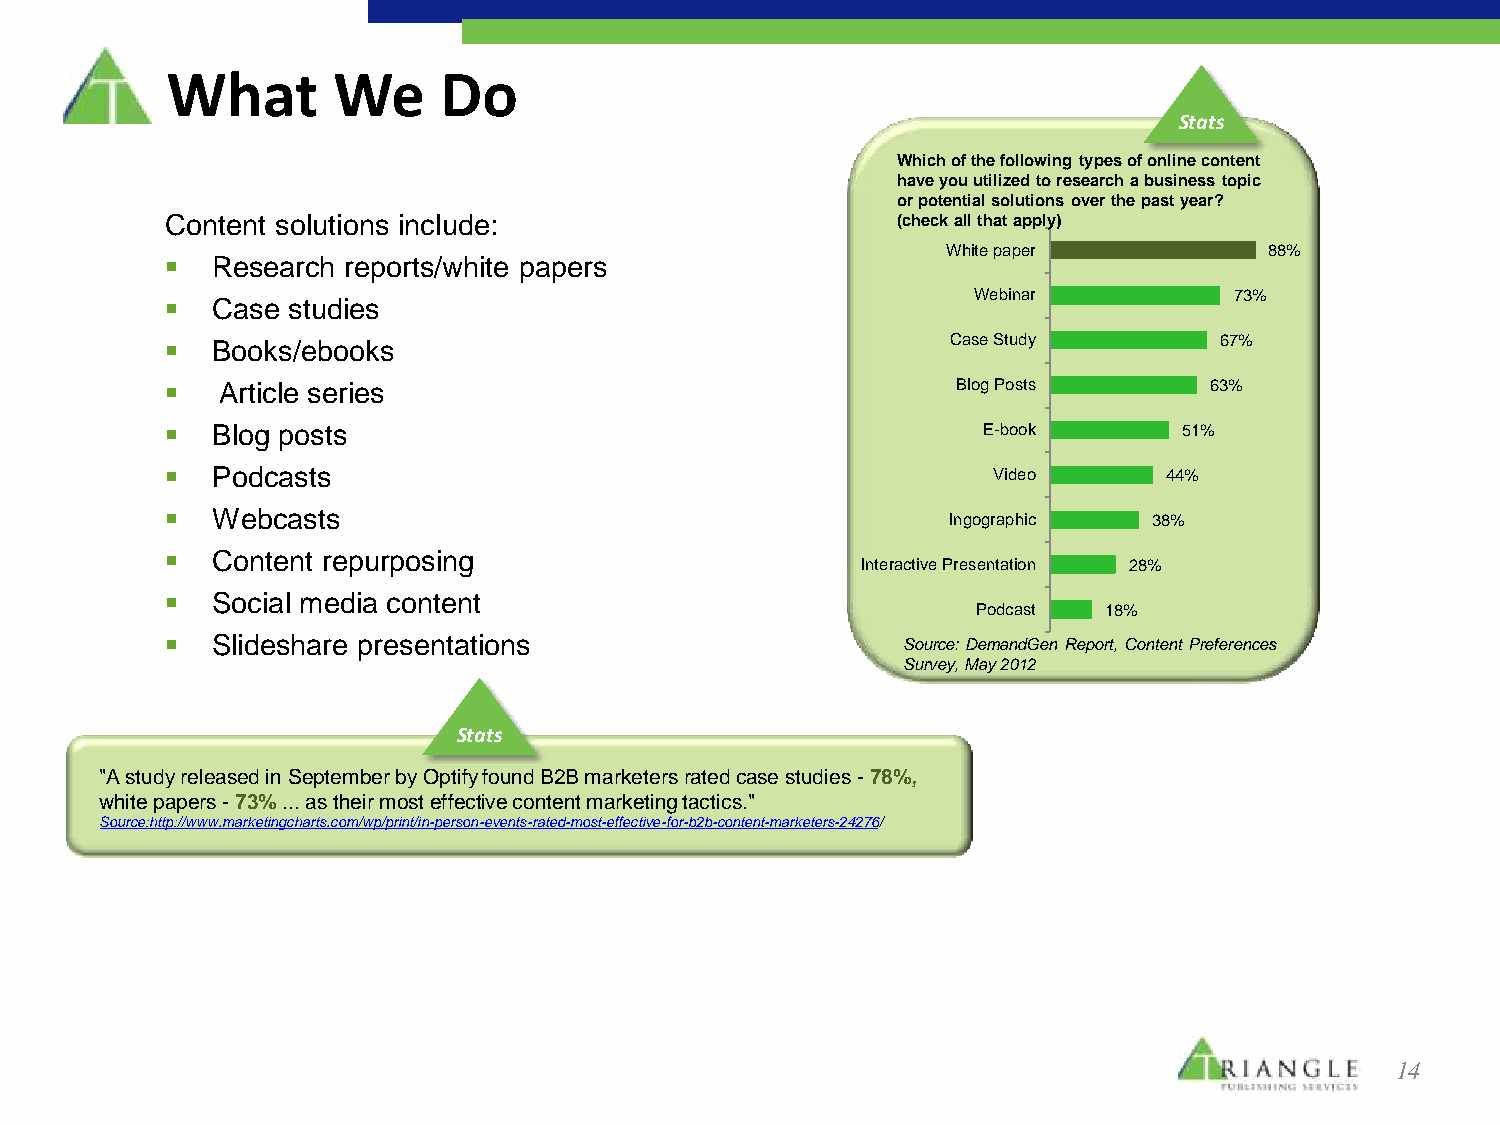
What       We     Do
 Stats
 Which of the following types of online content
 have you utilized to research a business topic
 or potential solutions over the past year?
 Content solutions include:                      (check all that apply)
 White paper          88%
   Research reports/white papers
 Webinar           73%
   Case studies
   Books/ebooks                                     Case Study        67%
   Article series                                   Blog Posts       63%
   Blog posts                                         E-book       51%
   Podcasts                                            Video      44%
   Webcasts
 Ingographic  38%
   Content repurposing
 Interactive Presentation 28%
   Social media content
 Podcast 18%
   Slideshare presentations                      Source: DemandGen Report, Content Preferences
 Survey, May 2012
 Stats
 "A study released in September by Optify found B2B marketers rated case studies - 78%,
 white papers - 73% ... as their most effective content marketing tactics."
 Source:http://www.marketingcharts.com/wp/print/in-person-events-rated-most-effective-for-b2b-content-marketers-24276/
 14